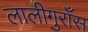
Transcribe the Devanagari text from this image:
लालीगुराँस